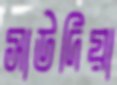
সাউদিয়া